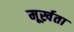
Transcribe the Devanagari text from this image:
मूर्ख्रता